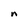
Character: n